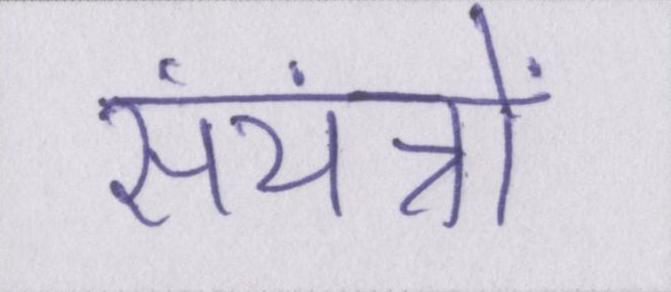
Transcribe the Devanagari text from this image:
संयंत्रों